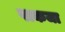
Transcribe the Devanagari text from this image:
पाकजा